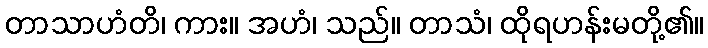
တာသာဟံတိ၊ ကား။ အဟံ၊ သည်။ တာသံ၊ ထိုရဟန်းမတို့၏။